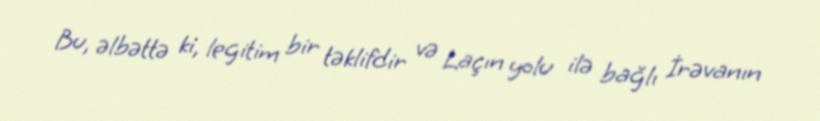
Bu, əlbəttə ki, legitim bir təklifdir və Laçın yolu ilə bağlı İrəvanın